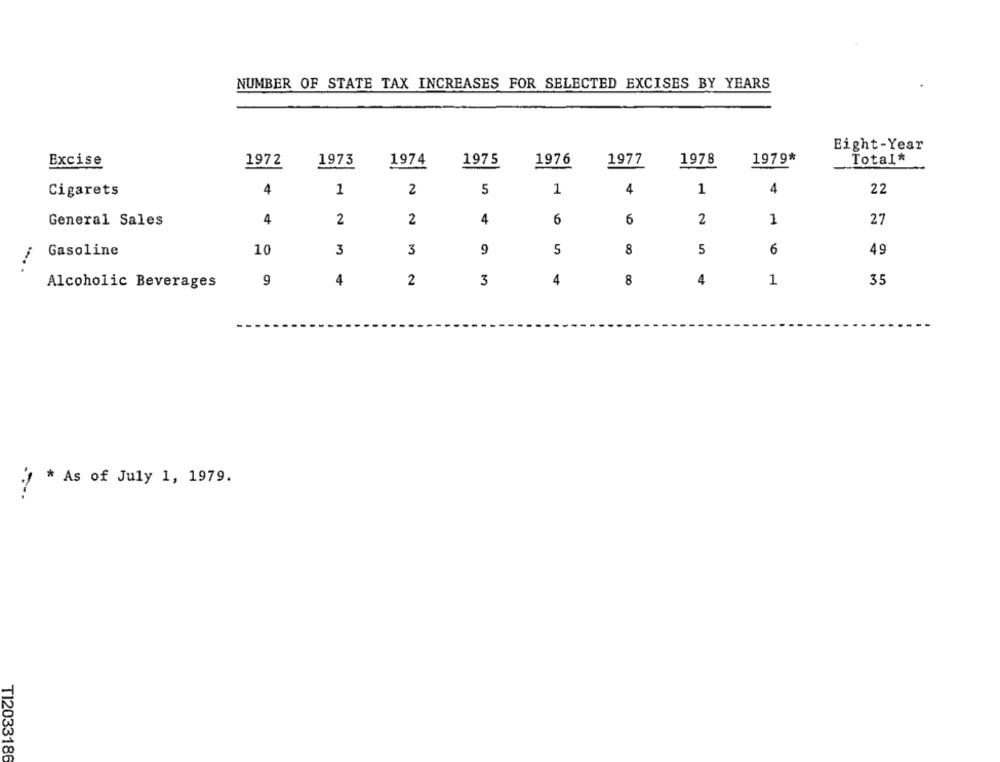
NUMBER OF STATE TAX INCREASES FOR SELECTED EXCISES BY YEARS
Eight-Year
1972
1973
1974
1975
1976
1977
1978
1979*
Total*
Excise
4
1
2
5
1
4
1
4
22
Cigarets
General Sales
4
2
2
4
6
6
2
1
27
Gasoline
10
3
3
9
5
8
5
6
49
9
4
2
3
4
8
4
1
35
Alcoholic Beverages
* As of July 1, 1979.
TI2033186